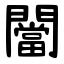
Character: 闣